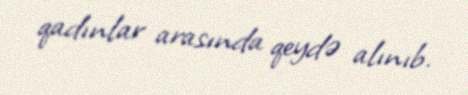
qadınlar arasında qeydə alınıb.